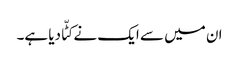
ان میں سے ایک نے کٹّا دیا ہے۔